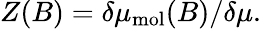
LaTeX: Z(B)=\delta\mu_{\mathrm{mol}}(B)/\delta\mu.